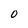
Character: 0